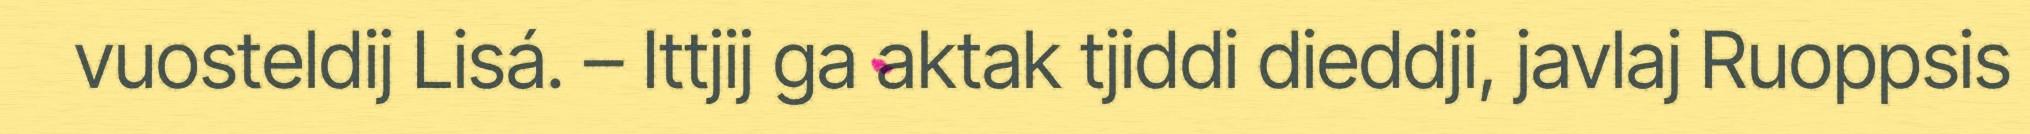
vuosteldij Lisá. – Ittjij ga aktak tjiddi dieddji, javlaj Ruoppsis